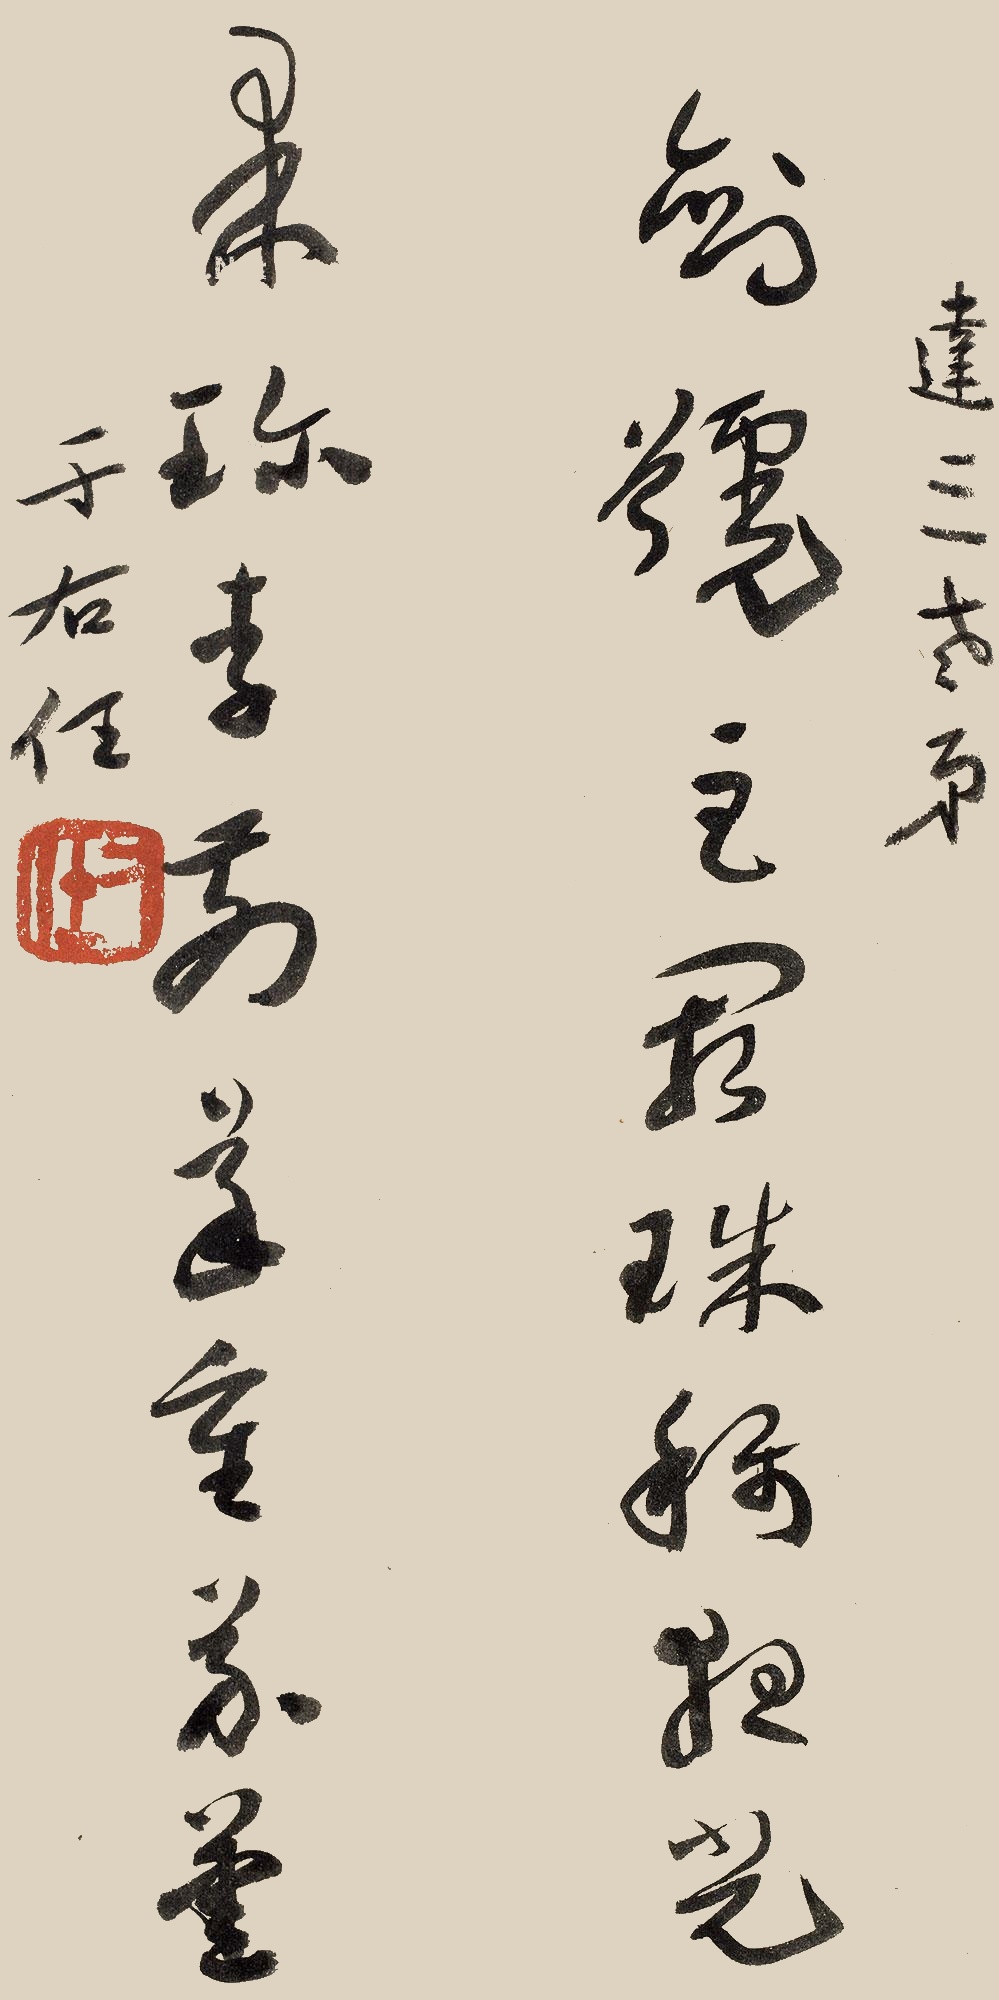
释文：剑号巨阙珠称夜光，果珍李柰菜重芥姜。达三老弟，于右任。